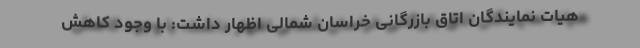
هیات نمایندگان اتاق بازرگانی خراسان شمالی اظهار داشت: با وجود کاهش